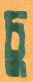
চু